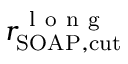
r _ { \mathrm { S O A P , c u t } } ^ { \mathrm { ~ l ~ o ~ n ~ g ~ } }